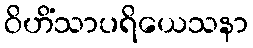
ဝိဟိံသာပရိယေသနာ